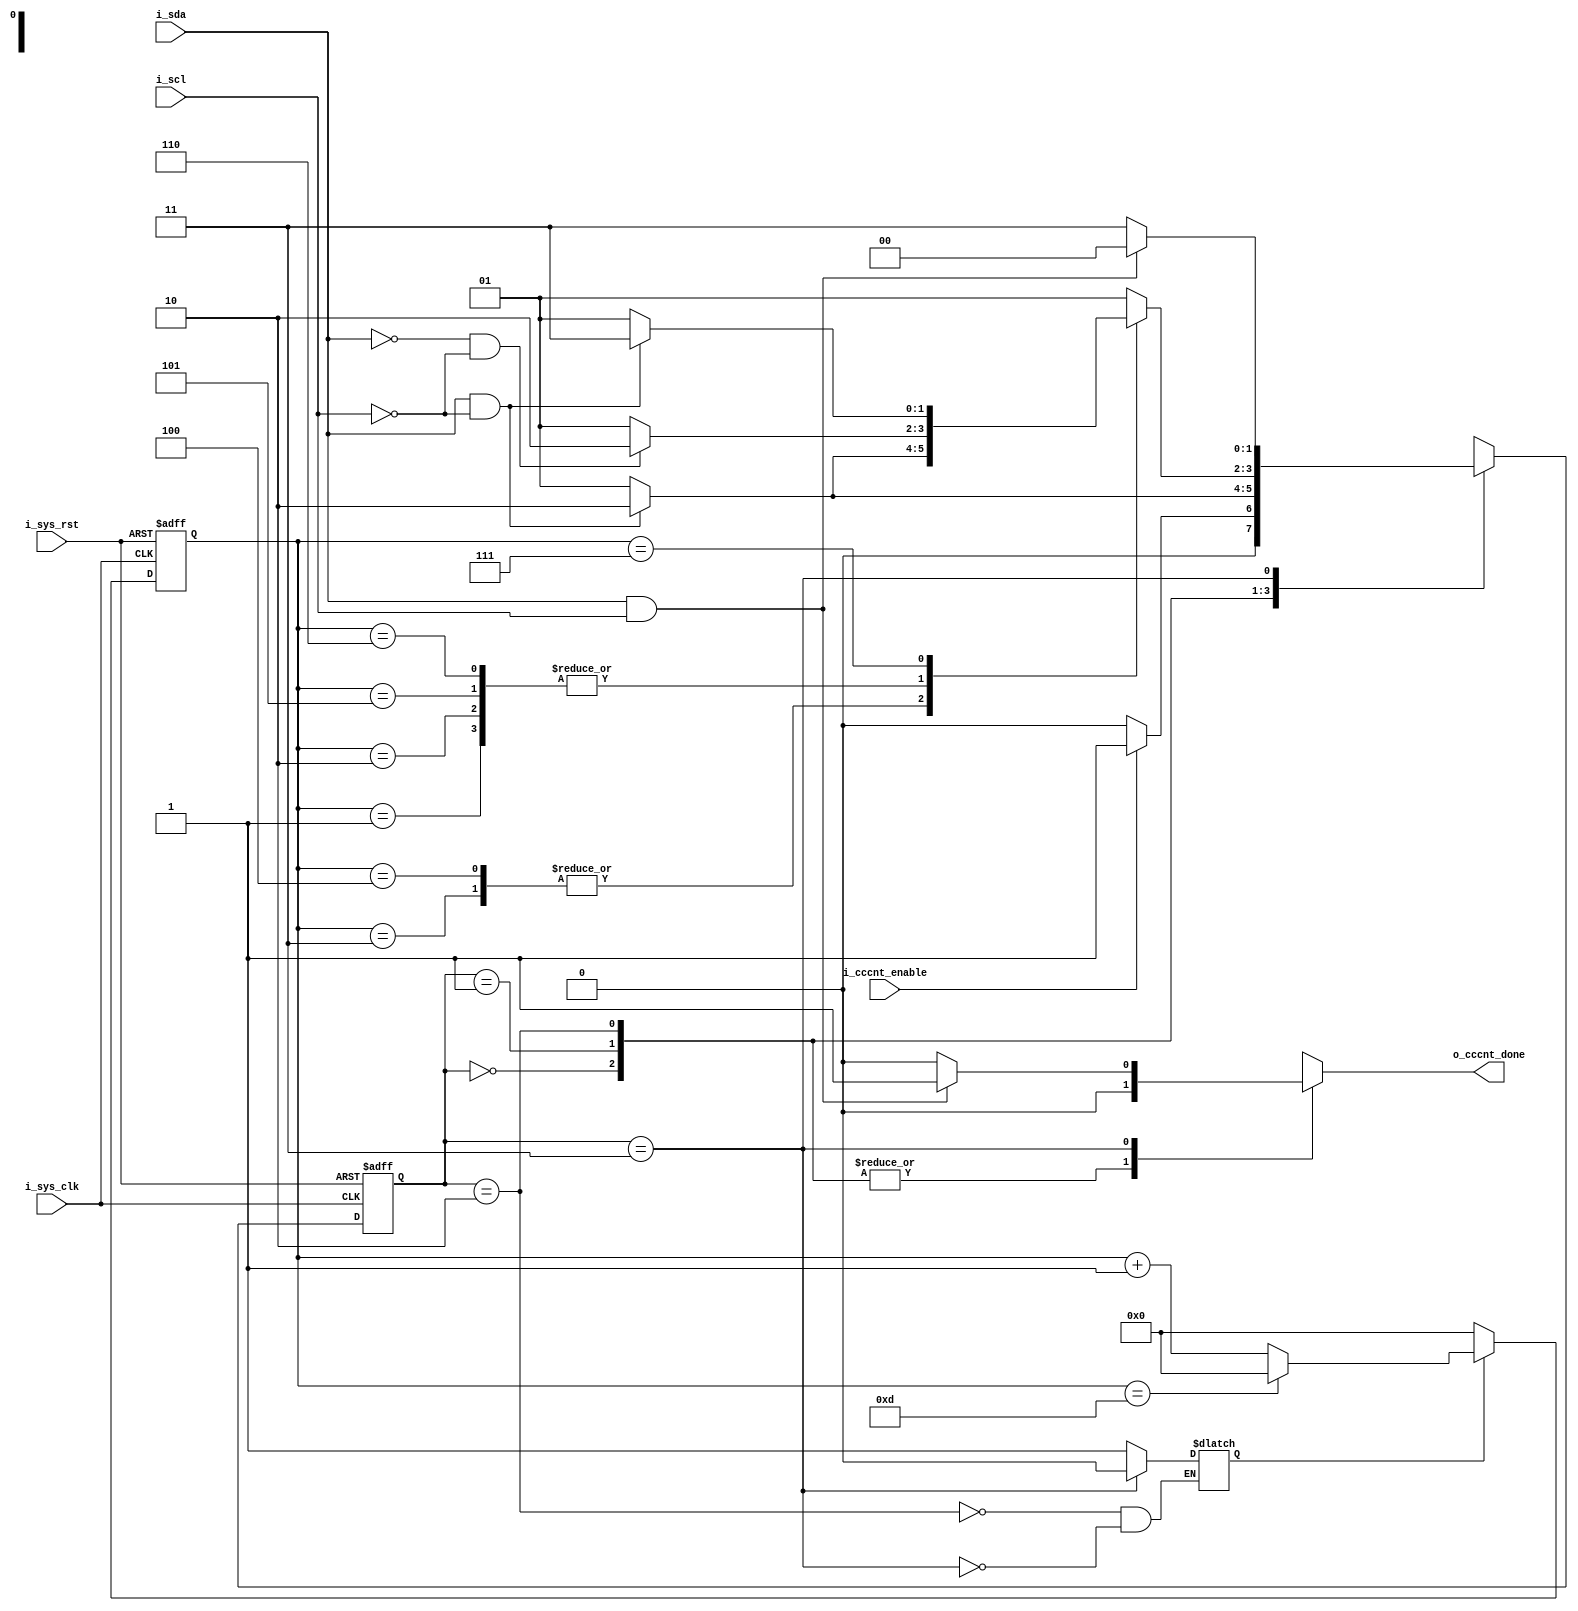
module Restart_Detector (

input	   i_sys_clk ,
input 	   i_sys_rst ,
input	   i_cccnt_enable,
input 	   i_scl ,
input      i_sda ,

output reg o_cccnt_done
  
); 
reg    	   [1:0]         current_state , next_state ;
reg                      count_done , en_count;
reg        [3:0]         count;

localparam [1:0]    	idle = 'd0,
						sda_n_scl = 'd1,
						four_transitions ='d2 ,
						pos_scl  = 'd3;

always @(negedge i_sys_clk or negedge i_sys_rst)
 begin
  if(!i_sys_rst)
   begin
     current_state <= idle ;		
   end
  else
   begin
     current_state <= next_state ;
   end
 end
 
 
 
 
 
 always @ (*)
	begin
	
	case (current_state)
		 
			
			idle : begin 
						o_cccnt_done <= 'b0;	
						if(i_cccnt_enable)
							begin 
							next_state <= sda_n_scl ;
							end
						else 
							begin
							next_state <= idle ;
							
							end
			end
			
			
			sda_n_scl : begin 
						o_cccnt_done <= 'b0;
						if(i_sda && !i_scl)
							begin 
							next_state <= four_transitions ;
						//	en_count <= 'b1;
							end
						else 
							begin
							next_state <= sda_n_scl ;
							end
			end
			
			
			four_transitions : begin 
					o_cccnt_done <= 'b0;
					en_count <= 'b1;
					
					case(count)
					'd1 : 		begin 
							if (!i_sda && !i_scl)
								next_state <= four_transitions;
							else 
								next_state <= sda_n_scl;
							end
							
					'd2 : 		begin 
							if (!i_sda && !i_scl)
								next_state <= four_transitions;
							else 
								next_state <= sda_n_scl;
							end
							
					
					'd3 : 		begin 
							if (i_sda && !i_scl)
								next_state <= four_transitions;
							else 
								next_state <= sda_n_scl;
							end
							
							
					'd4 : 		begin 
							if (i_sda && !i_scl)
								next_state <= four_transitions;
							else 
								next_state <= sda_n_scl;
							end
							
							
					'd5 : 		begin 
							if (!i_sda && !i_scl)
								next_state <= four_transitions;
							else 
								next_state <= sda_n_scl;
							end
							
							
					'd6 : 		begin 
							if (!i_sda && !i_scl)
								next_state <= four_transitions;
							else 
								next_state <= sda_n_scl;
							end
							
							
					'd7 : 		begin 
							if (i_sda && !i_scl)
								next_state <= pos_scl;
							else 
								next_state <= sda_n_scl;
							end
							
					default : begin 
					
							next_state <= sda_n_scl;
							
							end
							
											
					
					
					endcase
			end
			
			
			pos_scl : begin 
							en_count <= 'b0;		 
							
							if (i_sda && i_scl)
								begin
								next_state <= idle;
								o_cccnt_done <= 'b1;
								end
								
							else 
								begin
								next_state <= pos_scl;
								o_cccnt_done <= 'b0;
								end
							
					
						
			        end
			
			
		endcase 
		
	end
			
			
			
			
			
			
			
			
			
always @(posedge i_sys_clk or negedge i_sys_rst)
 begin
  if(!i_sys_rst)
   begin
     count <= 'b0 ;
	// count_done <= 'b0;
  
   end
  
  else
   begin
   
	if (en_count)
	  begin 
		if (count == 'd13)
			begin
		//	count_done <= 'b1;
			count <= 'b0 ;
			end
		else 
			begin
				count <= count +'d1 ;
		///		count_done <= 'b0;
			end
	   end 
	   
	 else 
		begin 
			count <= 'b0 ;
		//	count_done <= 'b0;
		end 
			
   end
 end
 
 
 
 endmodule